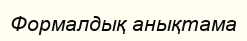
Формалдық анықтама